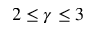
2 \leq \gamma \leq 3